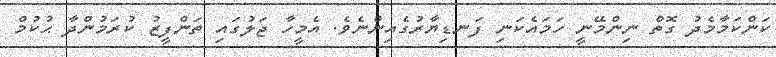
ކަންކަމާމެދު ގޮތް ނިންމޭނީ ހަމައެކަނި ފަނޑިޔާރުގެއިންނެވެ. އެމީހާ ޖަލުގައި ތަންފީޒު ކުރަމުންދާ ޙުކުމް